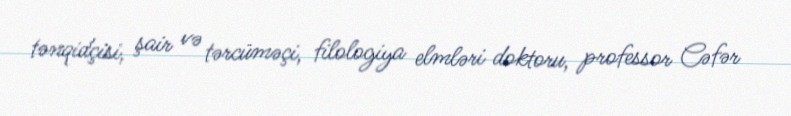
tənqidçisi, şair və tərcüməçi, filologiya elmləri doktoru, professor Cəfər